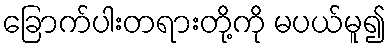
ခြောက်ပါးတရားတို့ကို မပယ်မူ၍